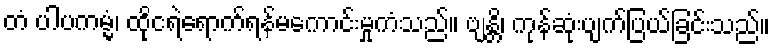
တံ ပါပကမ္မံ၊ ထိုငရဲရောက်ရန်မကောင်းမှုကံသည်။ ဗျန္တိ၊ ကုန်ဆုံးပျက်ပြယ်ခြင်းသည်။